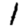
Digit: 1